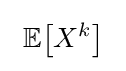
\ \mathbb {E} {\bigl [}X^{k}{\bigr ]}\